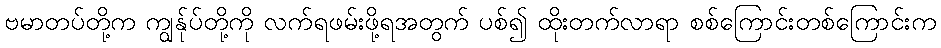
ဗမာတပ်တို့က ကျွန်ုပ်တို့ကို လက်ရဖမ်းဖို့ရအတွက် ပစ်၍ ထိုးတက်လာရာ စစ်ကြောင်းတစ်ကြောင်းက